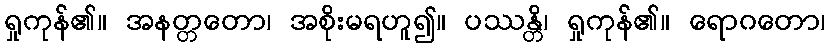
ရှုကုန်၏။ အနတ္တတော၊ အစိုးမရဟူ၍။ ပဿန္တိ၊ ရှုကုန်၏။ ရောဂတော၊